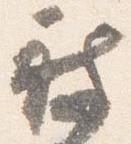
被